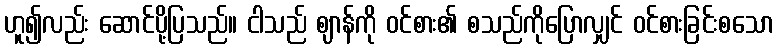
ဟူ၍လည်း ဆောင်ပို့ပြသည်။ ငါသည် ဈာန်ကို ဝင်စား၏ စသည်ကိုပြောလျှင် ဝင်စားခြင်းစသော